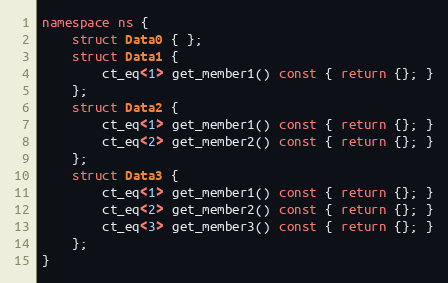
Language: C++
namespace ns {
    struct Data0 { };
    struct Data1 {
        ct_eq<1> get_member1() const { return {}; }
    };
    struct Data2 {
        ct_eq<1> get_member1() const { return {}; }
        ct_eq<2> get_member2() const { return {}; }
    };
    struct Data3 {
        ct_eq<1> get_member1() const { return {}; }
        ct_eq<2> get_member2() const { return {}; }
        ct_eq<3> get_member3() const { return {}; }
    };
}